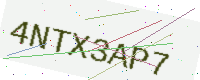
Text: 4NTX3AP7